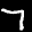
Label: 7